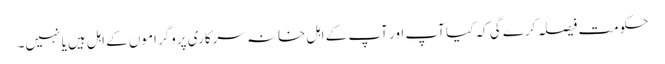
حکومت فیصلہ کرے گی کہ کیا آپ اور آپ کے اہل خانہ سرکاری پروگراموں کے اہل ہیں یا نہیں۔